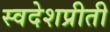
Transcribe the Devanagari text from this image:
स्वदेशप्रीती